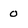
Character: 0